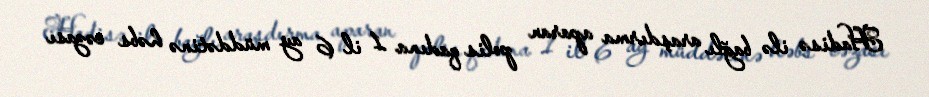
Hadisə ilə bağlı araşdırma aparan polis qadına 1 il 6 ay müddətinə həbs cəzası